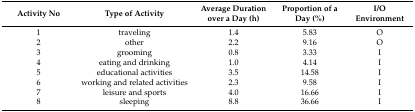
| Activity No | Type of Activity | Average Duration over a Day (h) | Proportion of a Day (%) | I/O Environment |
 | --- | --- | --- | --- | --- |
 | 1 | traveling | 1.4 | 5.83 | O |
 | 2 | other | 2.2 | 9.16 | O |
 | 3 | grooming | 0.8 | 3.33 | I |
 | 4 | eating and drinking | 1.0 | 4.14 | I |
 | 5 | educational activities | 3.5 | 14.58 | I |
 | 6 | working and related activities | 2.3 | 9.58 | I |
 | 7 | leisure and sports | 4.0 | 16.66 | I |
 | 8 | sleeping | 8.8 | 36.66 | I |